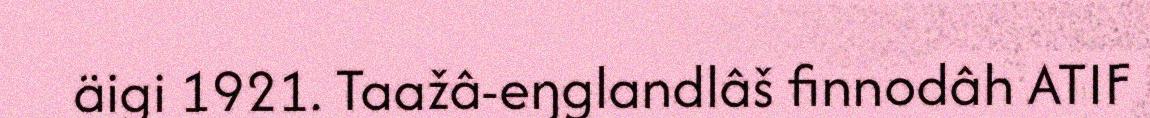
äigi 1921. Taažâ-eŋglandlâš finnodâh ATIF